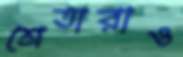
শ্রেতারাও